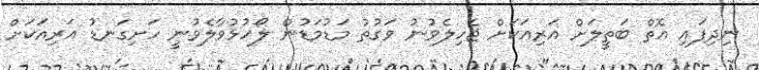
ނިދިފައި އޮތް ބަތީލަށް އަރިއަކަށް ޖެހިލެވުނު ވަގުތު މަޑުމަޑުން ލޯހުޅުވާލެވުނީ ހަށިގަނޑު އަރިއަކަށް